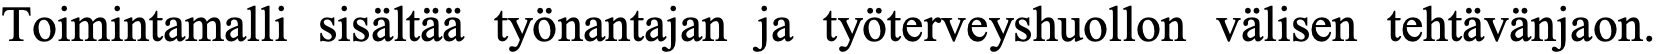
Toimintamalli sisältää työnantajan ja työterveyshuollon välisen tehtävänjaon.